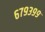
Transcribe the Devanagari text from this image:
६७९३९९